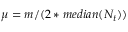
\mu = m / ( 2 * m e d i a n ( N _ { t } ) )